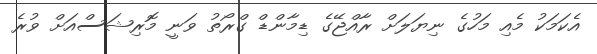
އެކަމަކު މެއި މަހުގެ ނިޔަލަށް ރާއްޖޭގެ ޑިމާންޑް ގްރޯތު ވަނީ މޮރިޝަސްއަށް ވުރެ